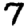
Digit: 7